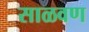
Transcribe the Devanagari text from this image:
साळवण